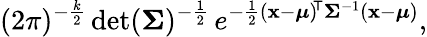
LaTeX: (2\pi)^{-{\frac{k}{2}}}\operatorname*{det}({\boldsymbol{\Sigma}})^{-{\frac{1}{2}}}\, e^{-{\frac{1}{2}}(\mathbf{x}-{\boldsymbol{\mu}})^{\! {\mathsf{T}}}{\boldsymbol{\Sigma}}^{-1}(\mathbf{x}-{\boldsymbol{\mu}})},